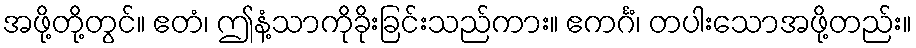
အဖို့တို့တွင်။ ဧတံ၊ ဤနံ့သာကိုခိုးခြင်းသည်ကား။ ဧကင်္ဂံ၊ တပါးသောအဖို့တည်း။